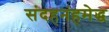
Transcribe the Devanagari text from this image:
संदहनंहमेद्ध